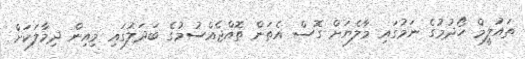
ތައުލީމް ހޯދުމުގެ ނަމުގައި މާލެޔަށް ގޮސް އެތަން ތޮއްޖެއްސުމުގެ ބަދަލުގައި މިއިން ދިމާލަކަށް